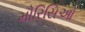
મૌરિસિઓ